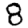
Digit: 8